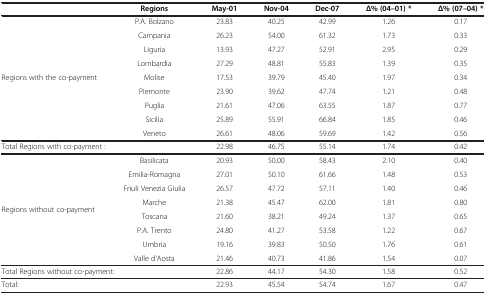
<table><thead><tr><td><b> </b></td><td><b>Regions</b></td><td><b>May-01</b></td><td><b>Nov-04</b></td><td><b>Dec-07</b></td><td><b>Δ% (04–01) *</b></td><td><b>Δ% (07–04) *</b></td></tr></thead><tbody><tr><td rowspan="9">Regions with the co-payment</td><td>P.A. Bolzano</td><td>23.83</td><td>40.25</td><td>42.99</td><td>1.26</td><td>0.17</td></tr><tr><td>Campania</td><td>26.23</td><td>54.00</td><td>61.32</td><td>1.73</td><td>0.33</td></tr><tr><td>Liguria</td><td>13.93</td><td>47.27</td><td>52.91</td><td>2.95</td><td>0.29</td></tr><tr><td>Lombardia</td><td>27.29</td><td>48.81</td><td>55.83</td><td>1.39</td><td>0.35</td></tr><tr><td>Molise</td><td>17.53</td><td>39.79</td><td>45.40</td><td>1.97</td><td>0.34</td></tr><tr><td>Piemonte</td><td>23.90</td><td>39.62</td><td>47.74</td><td>1.21</td><td>0.48</td></tr><tr><td>Puglia</td><td>21.61</td><td>47.06</td><td>63.55</td><td>1.87</td><td>0.77</td></tr><tr><td>Sicilia</td><td>25.89</td><td>55.91</td><td>66.84</td><td>1.85</td><td>0.46</td></tr><tr><td>Veneto</td><td>26.61</td><td>48.06</td><td>59.69</td><td>1.42</td><td>0.56</td></tr><tr><td colspan="2">Total Regions with co-payment :</td><td>22.98</td><td>46.75</td><td>55.14</td><td>1.74</td><td>0.42</td></tr><tr><td rowspan="8">Regions without co-payment</td><td>Basilicata</td><td>20.93</td><td>50.00</td><td>58.43</td><td>2.10</td><td>0.40</td></tr><tr><td>Emilia-Romagna</td><td>27.01</td><td>50.10</td><td>61.66</td><td>1.48</td><td>0.53</td></tr><tr><td>Friuli Venezia Giulia</td><td>26.57</td><td>47.72</td><td>57.11</td><td>1.40</td><td>0.46</td></tr><tr><td>Marche</td><td>21.38</td><td>45.47</td><td>62.00</td><td>1.81</td><td>0.80</td></tr><tr><td>Toscana</td><td>21.60</td><td>38.21</td><td>49.24</td><td>1.37</td><td>0.65</td></tr><tr><td>P.A. Trento</td><td>24.80</td><td>41.27</td><td>53.58</td><td>1.22</td><td>0.67</td></tr><tr><td>Umbria</td><td>19.16</td><td>39.83</td><td>50.50</td><td>1.76</td><td>0.61</td></tr><tr><td>Valle d’Aosta</td><td>21.46</td><td>40.73</td><td>41.86</td><td>1.54</td><td>0.07</td></tr><tr><td colspan="2">Total Regions without co-payment:</td><td>22.86</td><td>44.17</td><td>54.30</td><td>1.58</td><td>0.52</td></tr><tr><td colspan="2">Total:</td><td>22.93</td><td>45.54</td><td>54.74</td><td>1.67</td><td>0.47</td></tr></tbody></table>